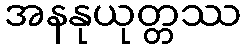
အနနုယုတ္တဿ